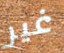
غير